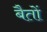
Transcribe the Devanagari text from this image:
बैतों